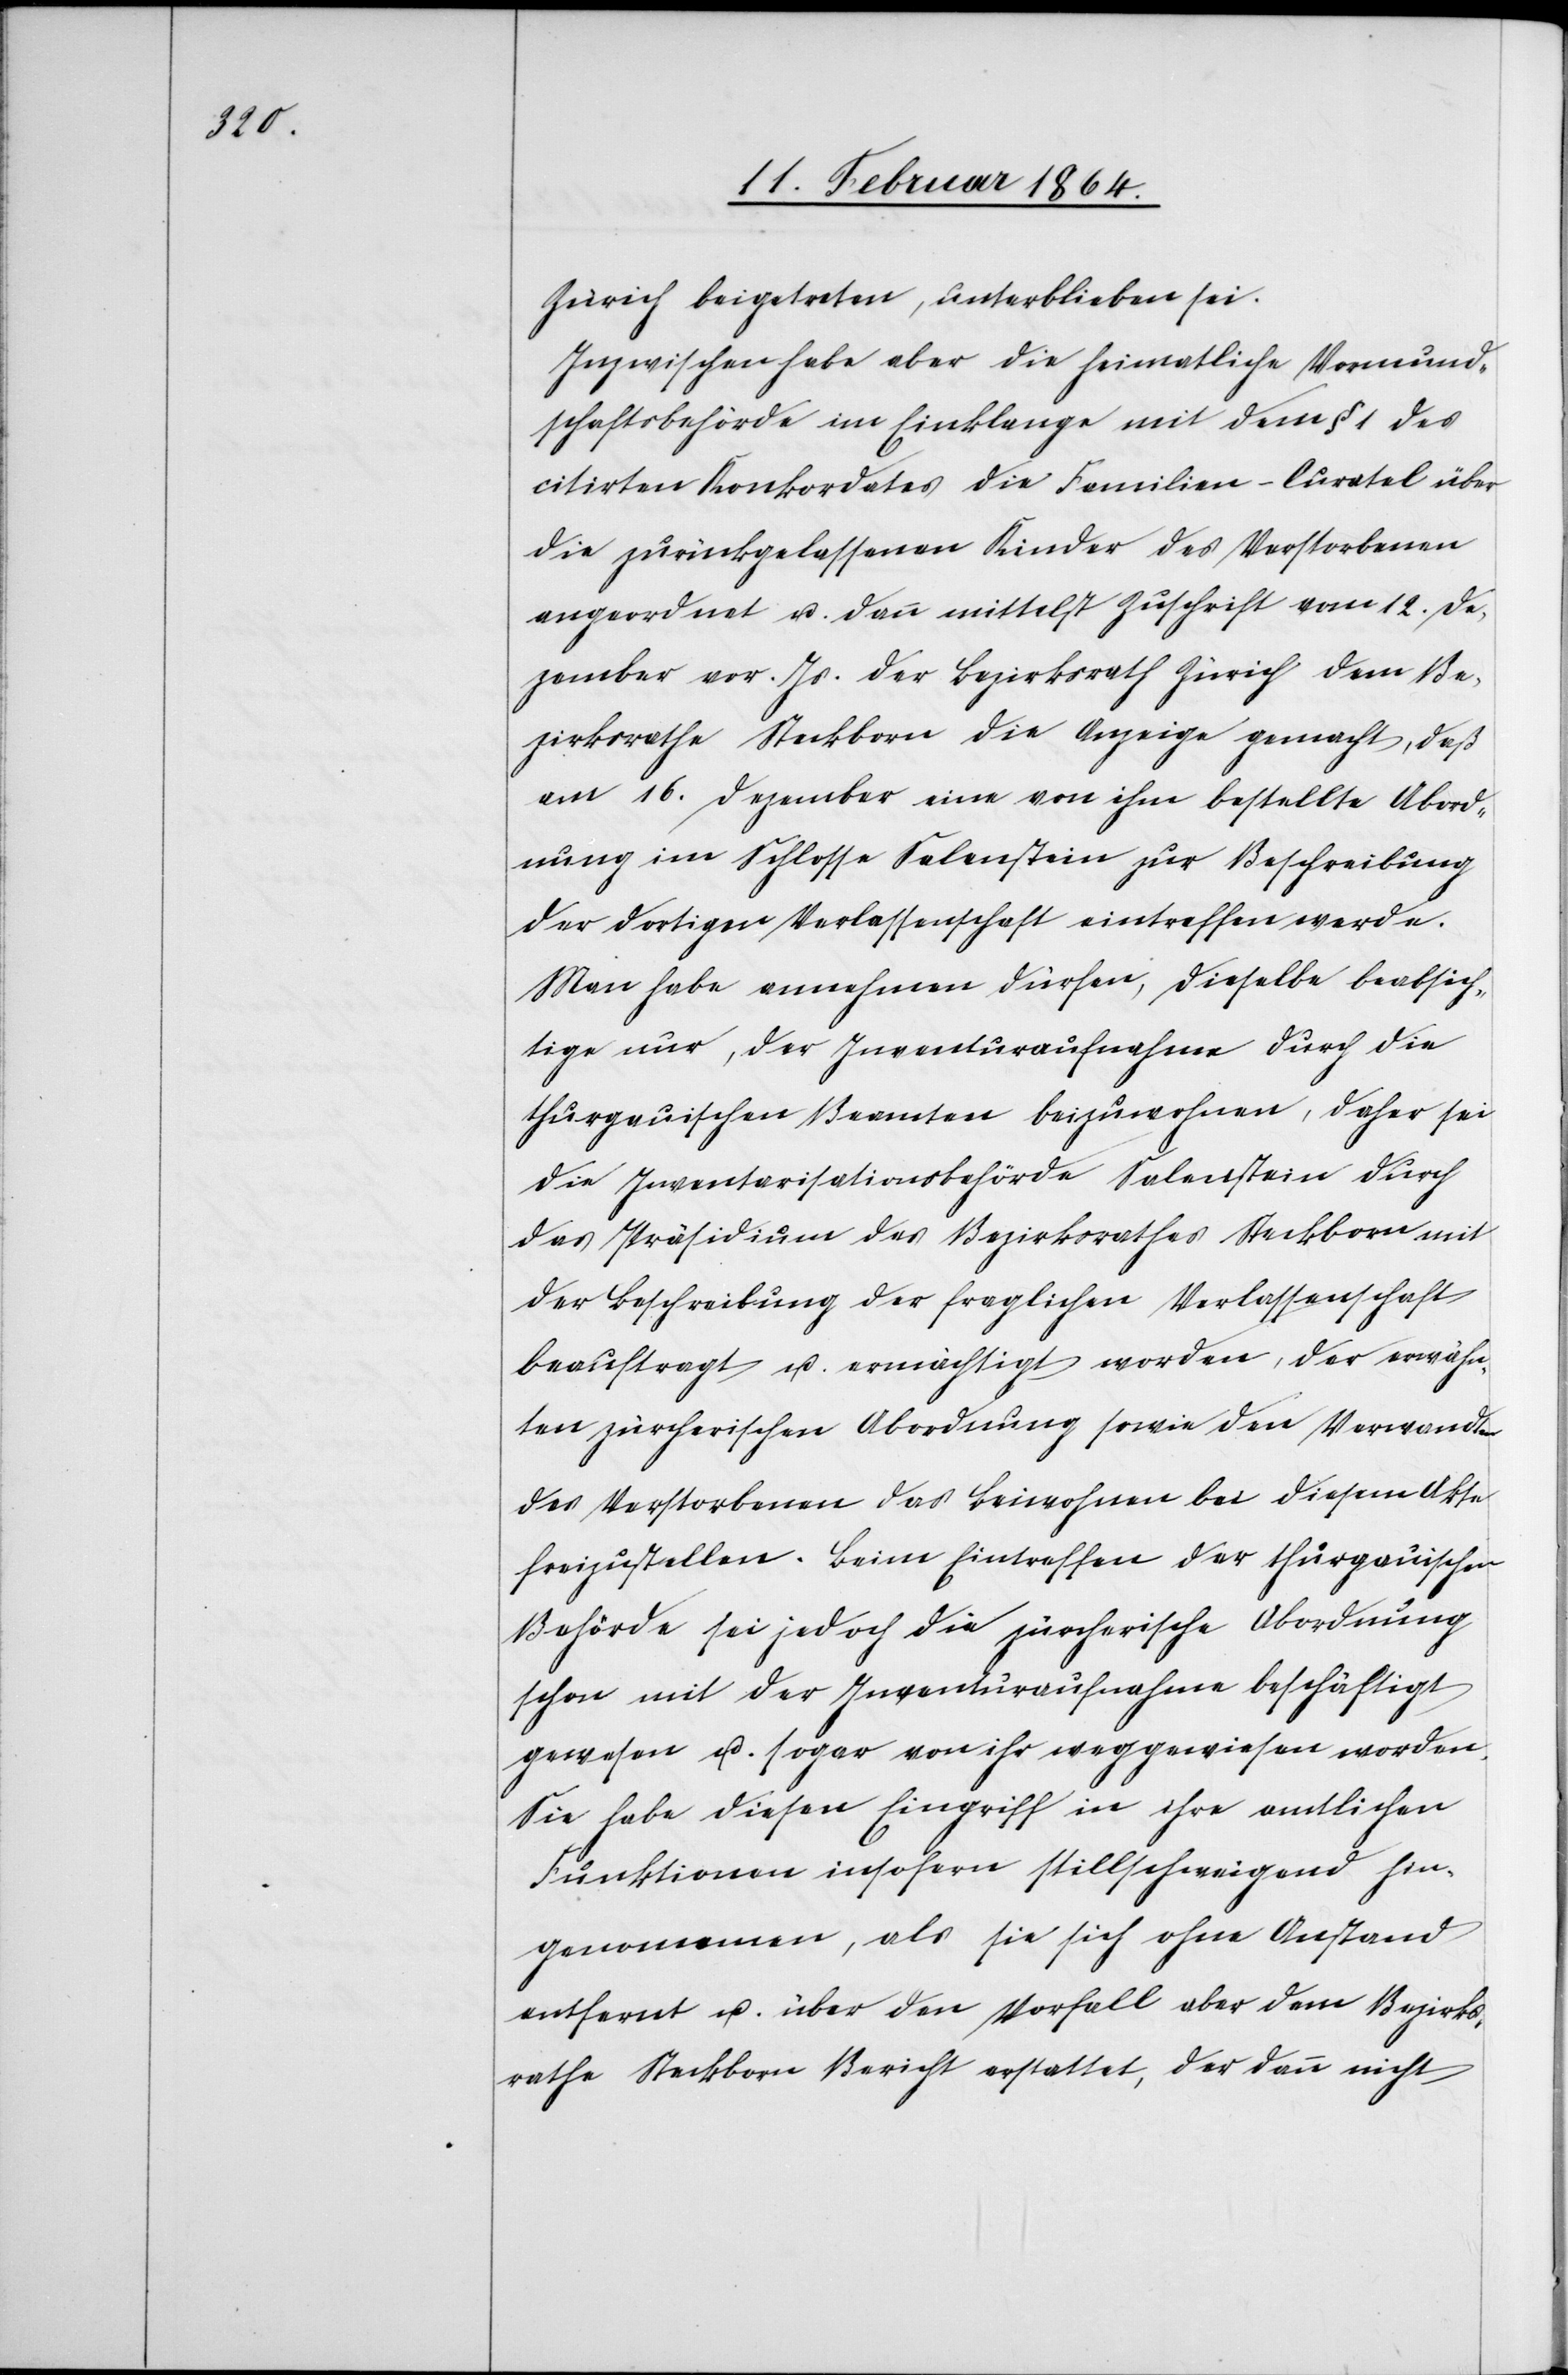
Zürich beigetreten, unterblieben sei.
Inzwischen habe aber die heimatliche Vormund¬
schaftsbehörde im Einklange mit dem § 1 des
citirten Konkordates die Familien-Curatel über
die zurückgelassenen Kinder des Verstorbenen
angeordnet u. dann mittelst Zuschrift vom 12. De¬
zember vor. Js. der Bezirksrath Zürich dem Be¬
zirksrathe Steckborn die Anzeige gemacht, daß
am 16. Dezember eine von ihm bestellte Abord¬
nung im Schlosse Salenstein zur Beschreibung
der dortigen Verlassenschaft eintreffen werde.
Man habe annehmen dürfen, dieselbe beabsich¬
tige nur, der Inventuraufnahme durch die
thurgauischen Beamten beizuwohnen, daher sei
die Inventarisationsbehörde Salenstein durch
das Präsidium des Bezirksrathes Steckborn mit
der Beschreibung der fraglichen Verlassenschaft
beauftragt u. ermächtigt worden, der erwähn¬
ten zürcherischen Abordnung sowie den Verwandten
des Verstorbenen das Beiwohnen bei diesem Akte
freizustellen. Beim Eintreffen der thurgauischen
Behörde sei jedoch die zürcherische Abordnung
schon mit der Inventuraufnahme beschäftigt
gewesen u. sogar von ihr weggewiesen worden.
Sie habe diesen Eingriff in ihre amtlichen
Funktionen insofern stillschweigend hin¬
genommen, als sie sich ohne Anstand
entfernt u. über den Vorfall aber dem Bezirks¬
rathe Steckborn Bericht erstattet, der dann nicht